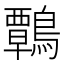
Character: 鷣